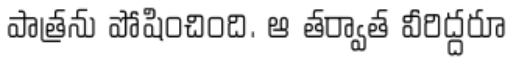
పాత్రను పోషించింది. ఆ తర్వాత వీరిద్దరూ